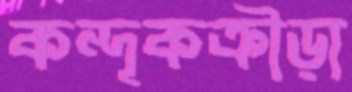
কন্দূকক্রীড়া